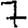
Digit: 7